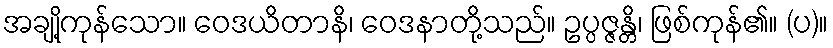
အချို့ကုန်သော။ ဝေဒယိတာနိ၊ ဝေဒနာတို့သည်။ ဥပ္ပဇ္ဇန္တိ၊ ဖြစ်ကုန်၏။ (ပ)။